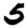
Digit: 5